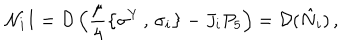
{ \cal N } _ { i } I = { \cal D } \left( \frac { \mu } { 4 } \left\{ \sigma ^ { Y } \, , \, \sigma _ { i } \right\} - J _ { i } P _ { 5 } \right) = { \cal D } ( \hat { N } _ { i } ) \, ,